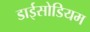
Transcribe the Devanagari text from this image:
डाईसोडियम